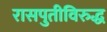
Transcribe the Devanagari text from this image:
रासपुतीविरुद्ध